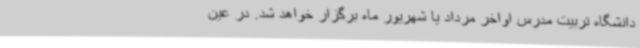
دانشگاه تربیت مدرس اواخر مرداد یا شهریور ماه برگزار خواهد شد. در عین